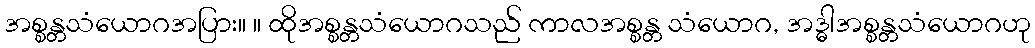
အစ္စန္တသံယောဂအပြား။ ။ ထိုအစ္စန္တသံယောဂသည် ကာလအစ္စန္တ သံယောဂ, အဒ္ဓါအစ္စန္တသံယောဂဟု